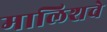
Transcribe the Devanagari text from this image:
मालिशचे